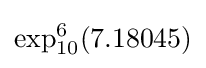
\exp _{10}^{6}(7.18045)